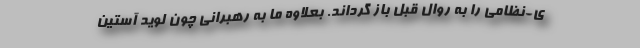
ی-نظامی را به روال قبل باز گرداند. بعلاوه ما به رهبرانی چون لوید آستین